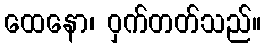
ထေနော၊ ဝှက်တတ်သည်။